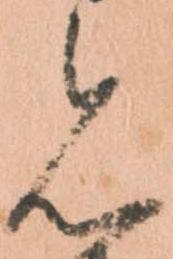
見